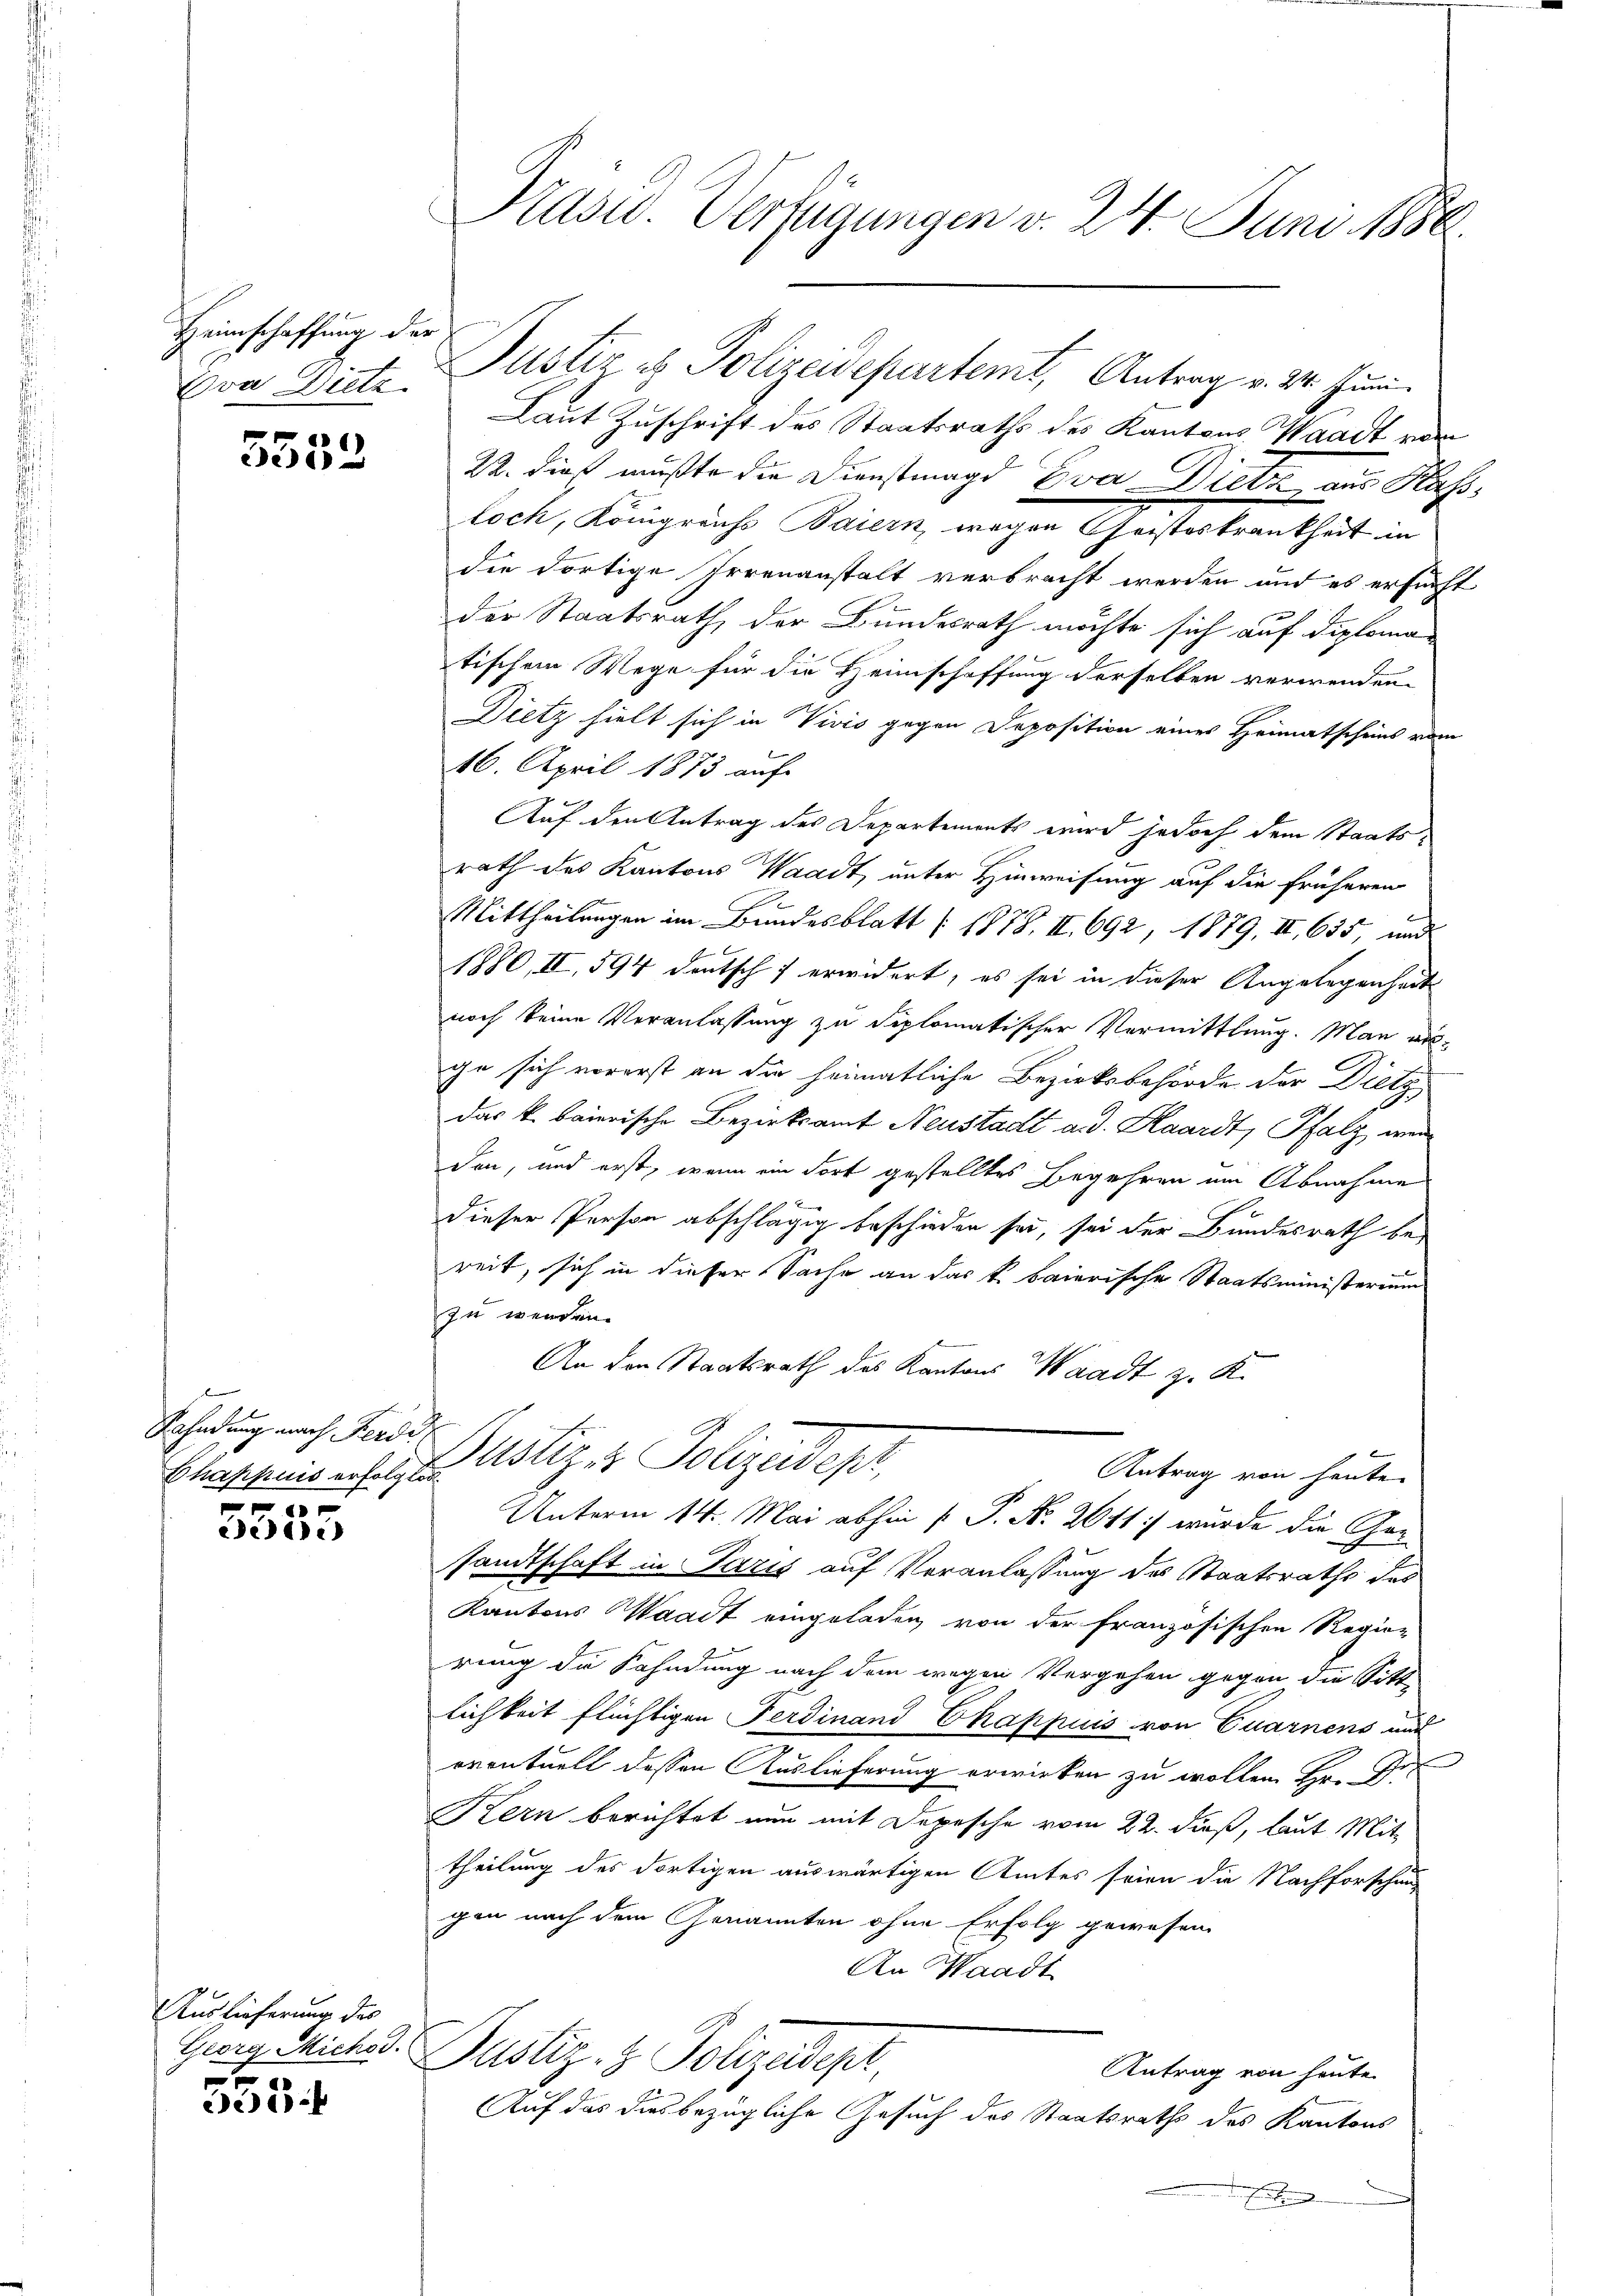
Heimschaffung der
Von Dietz.

5552

Rahndung nach Ferdi
Chappuis erfolglos.
 x
Berei

Auslieferung des
Georg Michod.
535 f

Kasio Verfügungen v. 24. Juni 1888

Laut Zuschrift des Staatsraths des Kantons Waadt vom
22. dieß mußte die Dienstmagd Eva Dietz aus Kasloch, Königreiche Baiern, wegen Geistetenthut in
die dortige Irrenanstalt verbracht werden und es ersucht
der Staatsrath der Bundesrath möchte sich auf diplomatischem Wege für die Heimschaffung derselben verwenden
Dietz hielt sich in Vivis gegen Deposition eines Heimatscheins vom
16. April 1873 auf
Auf den Antrag des Departements wird jedoch dem Staatsrath des Kantons Waadt, unter Hinweisung auf die früheren
Mittheilungen im Bundesblatt (1878. II., 692, 1879, II, 635 und
1880, II, 594 deutsch erwidert, es sei in dieser Angelegenheit
noch keine Veranlassung zu diplomatischer Vermittlung. Man erge sich vorerst an die heimatliche Bezirksbehörde der Dietz
Das k. baierische Bezirksamt Neustadt a. d. Haardt, Pfalz, wer
den, und erst, wenn ein dort gestelltes Begehren am Abnahme
dieser Person abschlägig beschieden sei, sei der Bundesrath be-
reit, sich in dieser Sache an das k. baierische Staatsministerium
zu werden.
An den Staatsrath des Kantons Waadt z. K.
Justiz er Polizedepr
Antrag von heute
Unterm 14. Mai abhin  P. Nr. 2041 wurde die Gen
sandtschaft in Paris auf Veranlassung des Staatsraths des
Kantons Waadt eingeladen von der französischen Regie-
rung die Kahndung nach dem wegen Vergehen gegen die Sitte
lichkeit flüchtigen Ferdinand Chappuis von Quarnens auf
d
eventuell dessen Auslieferung erwirken zu wollen Hr. G.
Kern berichtet nun mit Depesche vom 22. dieß, laut Mit
theilung des dortigen auswärtigen Amtes seien die Nachforschung
gen nach dem Genannten ohne Erfolg gewesen
An Waadt
Justiz- & Polizeidepr
Antrag von heute
Auf das dies bezügliche Gesuch des Staatsraths des Kantons
Ernten

Justiz es Polizeidepartemt, Antrag v. 24. Juni.